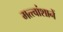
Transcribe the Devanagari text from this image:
मत्त्वांशानें